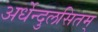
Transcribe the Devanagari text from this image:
अर्धेन्दुलसितम्